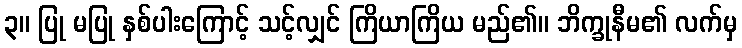
၃။ ပြု မပြု နှစ်ပါးကြောင့် သင့်လျှင် ကြိယာကြိယ မည်၏။ ဘိက္ခုနီမ၏ လက်မှ